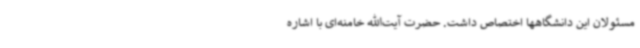
مسئولان این دانشگاهها اختصاص داشت. حضرت آیت‌الله خامنه‌ای با اشاره